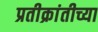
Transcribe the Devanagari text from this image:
प्रतीक्रांतीच्या